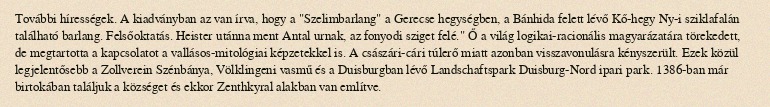
További hírességek. A kiadványban az van írva, hogy a "Szelimbarlang" a Gerecse hegységben, a Bánhida felett lévő Kő-hegy Ny-i sziklafalán található barlang. Felsőoktatás. Heister utánna ment Antal urnak, az fonyodi sziget felé." Ő a világ logikai-racionális magyarázatára törekedett, de megtartotta a kapcsolatot a vallásos-mitológiai képzetekkel is. A császári-cári túlerő miatt azonban visszavonulásra kényszerült. Ezek közül legjelentősebb a Zollverein Szénbánya, Völklingeni vasmű és a Duisburgban lévő Landschaftspark Duisburg-Nord ipari park. 1386-ban már birtokában találjuk a községet és ekkor Zenthkyral alakban van említve.